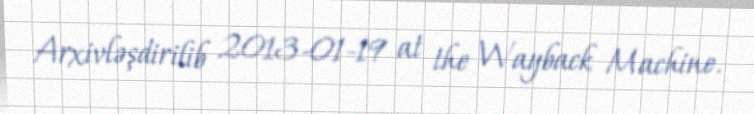
Arxivləşdirilib 2013-01-19 at the Wayback Machine.